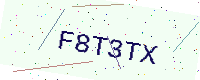
Text: F8T3TX